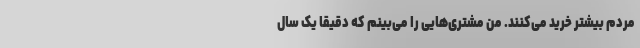
مردم بیشتر خرید می‌کنند. من مشتری‌هایی را می‌بینم که دقیقاً یک سال